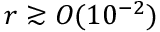
r \gtrsim O ( 1 0 ^ { - 2 } )